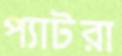
প্যাটরা